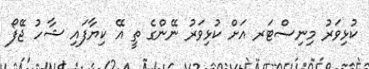
ކުޅިވަރު މިނިސްޓަރ އަށް ކުޅިވަރު ނޭންގެ ތީ އޭ ކިޔާފައި ޝާހު ޖޭފޯ